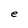
Character: e